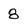
Character: 8